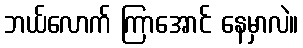
ဘယ်လောက် ကြာအောင် နေမှာလဲ။